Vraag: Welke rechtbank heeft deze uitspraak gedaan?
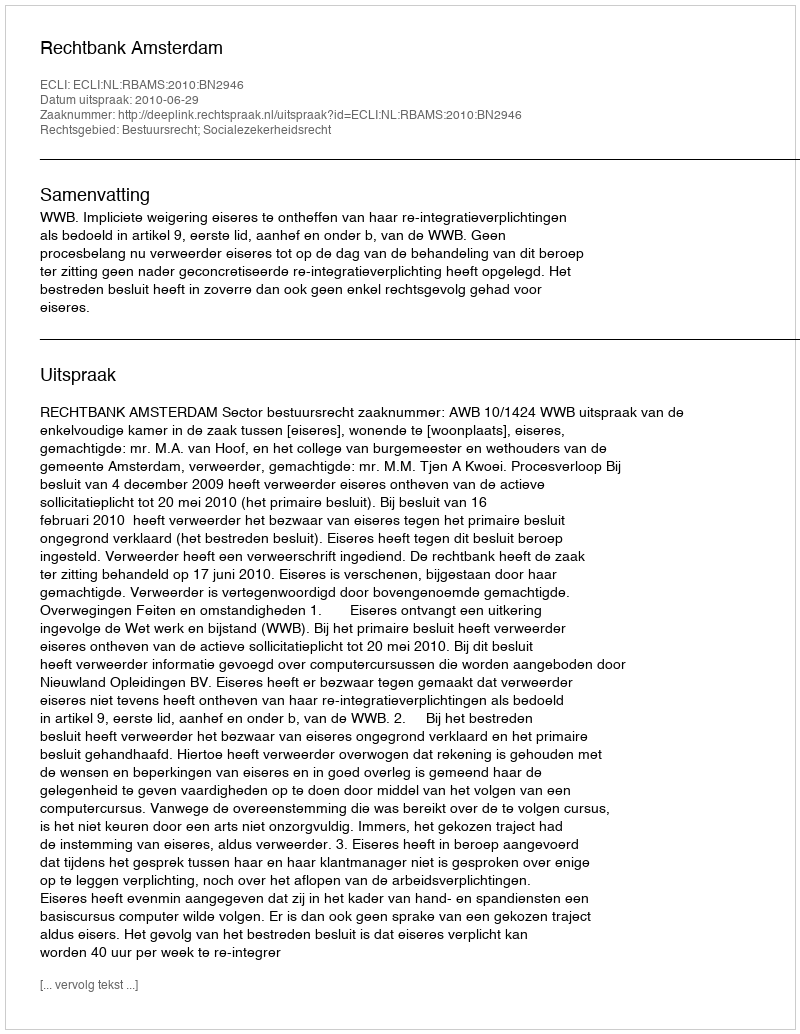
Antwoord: Rechtbank Amsterdam